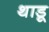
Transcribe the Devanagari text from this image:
थाडू